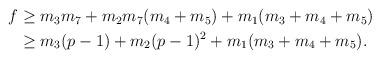
LaTeX: \begin{align*}\begin{aligned}f &\ge m_3 m_7 + m_2 m_7 (m_4 + m_5) + m_1 (m_3 + m_4 + m_5) \\&\ge m_3 (p-1) + m_2 (p-1)^2 + m_1 (m_3 + m_4 + m_5).\end{aligned}\end{align*}